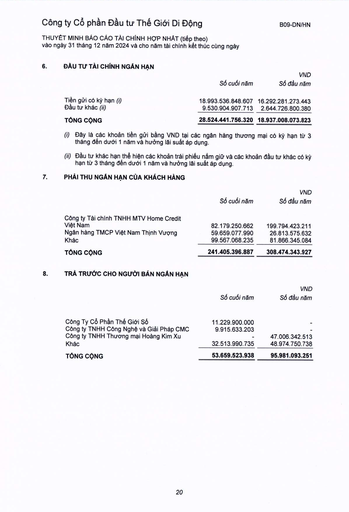
||Số cuối năm|VND Số đầu năm| |---|---|---| |Tiền gửi có kỳ hạn (i)|18.993.536.848.607|16.292.281.273.443| |Đầu tư khác (ii)|9.530.904.907.713|2.644.726.800.380| |TỔNG CỘNG|28.524.441.756.320|18.937.008.073.823| ||Số cuối năm|VND Số đầu năm| |---|---|---| |Công ty Tài chính TNHH MTV Home Credit Việt Nam|82.179.250.662|199.794.423.211| |Ngân hàng TMCP Việt Nam Thịnh Vượng|59.659.077.990|26.813.575.632| |Khác|99.567.068.235|81.866.345.084| |TỔNG CỘNG|241.405.396.887|308.474.343.927| ||Số cuối năm|VND Số đầu năm| |---|---|---| |Công Ty Cổ Phần Thế Giới Số|11.229.900.000|| |Công ty TNHH Công Nghệ và Giải Pháp CMC|9.915.633.203|-| |Công ty TNHH Thương mại Hoàng Kim Xu||47.006.342.513| |Khác|32.513.990.735|48.974.750.738| |TỔNG CỘNG|53.659.523.938|95.981.093.251|